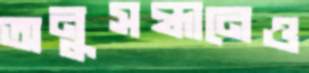
অনুসন্ধানেও